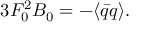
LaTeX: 3 F _ { 0 } ^ { 2 } B _ { 0 } = - \langle \bar { q } q \rangle .